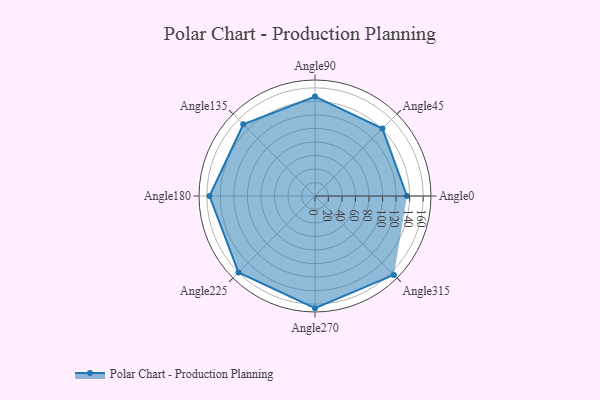
{"axis": {"x": "Angle", "y": "Radius"}, "legend": [""], "data": [{"x": "Angle0", "y": 136.0, "type": ""}, {"x": "Angle45", "y": 141.0, "type": ""}, {"x": "Angle90", "y": 147.0, "type": ""}, {"x": "Angle135", "y": 150.0, "type": ""}, {"x": "Angle180", "y": 156.0, "type": ""}, {"x": "Angle225", "y": 160.0, "type": ""}, {"x": "Angle270", "y": 166.0, "type": ""}, {"x": "Angle315", "y": 165.0, "type": ""}]}